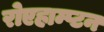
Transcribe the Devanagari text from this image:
रोएहाम्प्टन